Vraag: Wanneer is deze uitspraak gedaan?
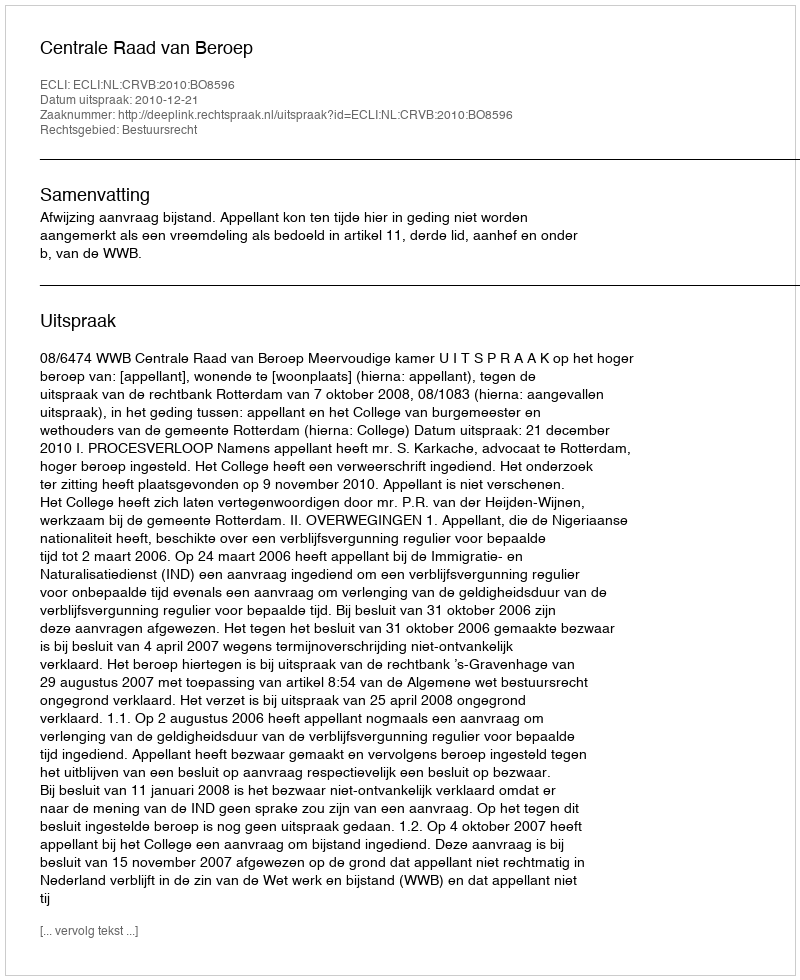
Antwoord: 2010-12-21